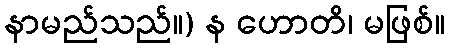
နာမည်သည်။) န ဟောတိ၊ မဖြစ်။